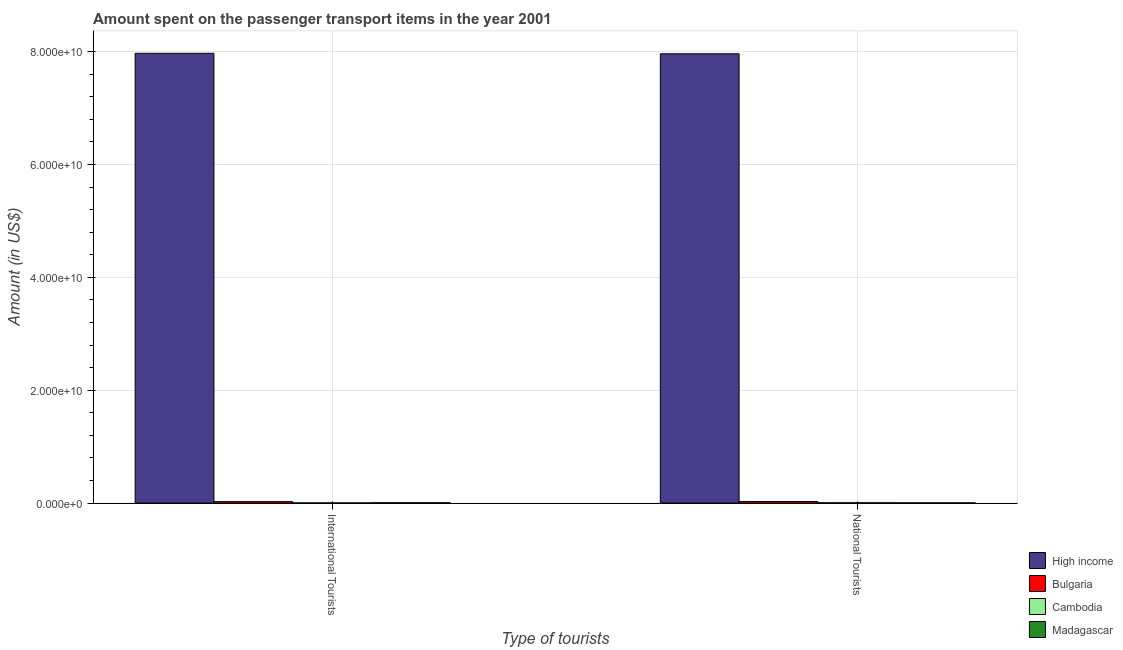
| Type of tourists | High income | Bulgaria | Cambodia | Madagascar |
 | --- | --- | --- | --- | --- |
 | International Tourists | 7.97e+10 | 2.47e+08 | 2.2e+07 | 4.9e+07 |
 | National Tourists | 7.96e+10 | 2.68e+08 | 4.9e+07 | 3.4e+07 |